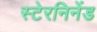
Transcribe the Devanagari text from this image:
स्टेरनिनेंड